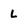
Character: L